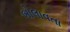
બોલાવતા